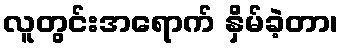
လူတွင်းအရောက် နှိမ်ခဲ့တာ၊